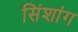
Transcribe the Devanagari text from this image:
सिंशांग